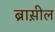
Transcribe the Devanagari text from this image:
ब्रास़ील